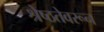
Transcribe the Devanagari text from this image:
श्रेष्ठतेवरून